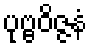
ပုဗ္ဗဝိဇ္ဇနံ